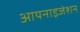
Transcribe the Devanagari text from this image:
आयनाइजेशन